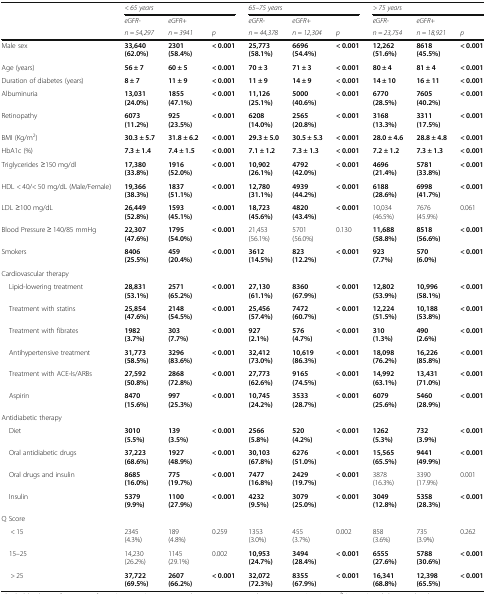
<table><thead><tr><td rowspan="3"></td><td colspan="3"><b><i>&lt; 65 years</i></b></td><td colspan="3"><b><i>65–75 years</i></b></td><td colspan="3"><b><i>&gt; 75 years</i></b></td></tr><tr><td><b><i>eGFR-</i></b></td><td><b><i>eGFR+</i></b></td><td></td><td><b><i>eGFR-</i></b></td><td><b><i>eGFR+</i></b></td><td></td><td><b><i>eGFR-</i></b></td><td><b><i>eGFR+</i></b></td><td></td></tr><tr><td><b><i>n = 54,297</i></b></td><td><b><i>n = 3941</i></b></td><td><b><i>p</i></b></td><td><b><i>n = 44,378</i></b></td><td><b><i>n = 12,304</i></b></td><td><b><i>p</i></b></td><td><b><i>n = 23,754</i></b></td><td><b><i>n = 18,921</i></b></td><td><b><i>p</i></b></td></tr></thead><tbody><tr><td>Male sex</td><td><b>33,640 (62.0%)</b></td><td><b>2301 (58.4%)</b></td><td><b>&lt; 0.001</b></td><td><b>25,773 (58.1%)</b></td><td><b>6696 (54.4%)</b></td><td><b>&lt; 0.001</b></td><td><b>12,262 (51.6%)</b></td><td><b>8618 (45.5%)</b></td><td><b>&lt; 0.001</b></td></tr><tr><td>Age (years)</td><td><b>56 ± 7</b></td><td><b>60 ± 5</b></td><td><b>&lt; 0.001</b></td><td><b>70 ± 3</b></td><td><b>71 ± 3</b></td><td><b>&lt; 0.001</b></td><td><b>80 ± 4</b></td><td><b>81 ± 4</b></td><td><b>&lt; 0.001</b></td></tr><tr><td>Duration of diabetes (years)</td><td><b>8 ± 7</b></td><td><b>11 ± 9</b></td><td><b>&lt; 0.001</b></td><td><b>11 ± 9</b></td><td><b>14 ± 9</b></td><td><b>&lt; 0.001</b></td><td><b>14 ± 10</b></td><td><b>16 ± 11</b></td><td><b>&lt; 0.001</b></td></tr><tr><td>Albuminuria</td><td><b>13,031 (24.0%)</b></td><td><b>1855 (47.1%)</b></td><td><b>&lt; 0.001</b></td><td><b>11,126 (25.1%)</b></td><td><b>5000 (40.6%)</b></td><td><b>&lt; 0.001</b></td><td><b>6770 (28.5%)</b></td><td><b>7605 (40.2%)</b></td><td><b>&lt; 0.001</b></td></tr><tr><td>Retinopathy</td><td><b>6073 (11.2%)</b></td><td><b>925 (23.5%)</b></td><td><b>&lt; 0.001</b></td><td><b>6208 (14.0%)</b></td><td><b>2565 (20.8%)</b></td><td><b>&lt; 0.001</b></td><td><b>3168 (13.3%)</b></td><td><b>3311 (17.5%)</b></td><td><b>&lt; 0.001</b></td></tr><tr><td>BMI (Kg/m<sup>2</sup>)</td><td><b>30.3 ± 5.7</b></td><td><b>31.8 ± 6.2</b></td><td><b>&lt; 0.001</b></td><td><b>29.3 ± 5.0</b></td><td><b>30.5 ± 5.3</b></td><td><b>&lt; 0.001</b></td><td><b>28.0 ± 4.6</b></td><td><b>28.8 ± 4.8</b></td><td><b>&lt; 0.001</b></td></tr><tr><td>HbA1c (%)</td><td><b>7.3 ± 1.4</b></td><td><b>7.4 ± 1.5</b></td><td><b>&lt; 0.001</b></td><td><b>7.1 ± 1.2</b></td><td><b>7.3 ± 1.3</b></td><td><b>&lt; 0.001</b></td><td><b>7.2 ± 1.2</b></td><td><b>7.3 ± 1.3</b></td><td><b>&lt; 0.001</b></td></tr><tr><td>Triglycerides ≥150 mg/dl</td><td><b>17,380 (33.8%)</b></td><td><b>1916 (52.0%)</b></td><td><b>&lt; 0.001</b></td><td><b>10,902 (26.1%)</b></td><td><b>4792 (42.0%)</b></td><td><b>&lt; 0.001</b></td><td><b>4696 (21.4%)</b></td><td><b>5781 (33.8%)</b></td><td><b>&lt; 0.001</b></td></tr><tr><td>HDL &lt; 40/&lt; 50 mg/dL (Male/Female)</td><td><b>19,366 (38.3%)</b></td><td><b>1837 (51.1%)</b></td><td><b>&lt; 0.001</b></td><td><b>12,780 (31.1%)</b></td><td><b>4939 (44.2%)</b></td><td><b>&lt; 0.001</b></td><td><b>6188 (28.6%)</b></td><td><b>6998 (41.7%)</b></td><td><b>&lt; 0.001</b></td></tr><tr><td>LDL ≥100 mg/dL</td><td><b>26,449 (52.8%)</b></td><td><b>1593 (45.1%)</b></td><td><b>&lt; 0.001</b></td><td><b>18,723 (45.6%)</b></td><td><b>4820 (43.4%)</b></td><td><b>&lt; 0.001</b></td><td>10,034 (46.5%)</td><td>7676 (45.9%)</td><td>0.061</td></tr><tr><td>Blood Pressure ≥ 140/85 mmHg</td><td><b>22,307 (47.6%)</b></td><td><b>1795 (54.0%)</b></td><td><b>&lt; 0.001</b></td><td>21,453 (56.1%)</td><td>5701 (56.0%)</td><td>0.130</td><td><b>11,688 (58.8%)</b></td><td><b>8518 (56.6%)</b></td><td><b>&lt; 0.001</b></td></tr><tr><td>Smokers</td><td><b>8406 (25.5%)</b></td><td><b>459 (20.4%)</b></td><td><b>&lt; 0.001</b></td><td><b>3612 (14.5%)</b></td><td><b>823 (12.2%)</b></td><td><b>&lt; 0.001</b></td><td><b>923 (7.7%)</b></td><td><b>570 (6.0%)</b></td><td><b>&lt; 0.001</b></td></tr><tr><td colspan="10">Cardiovascular therapy</td></tr><tr><td> Lipid-lowering treatment</td><td><b>28,831 (53.1%)</b></td><td><b>2571 (65.2%)</b></td><td><b>&lt; 0.001</b></td><td><b>27,130 (61.1%)</b></td><td><b>8360 (67.9%)</b></td><td><b>&lt; 0.001</b></td><td><b>12,802 (53.9%)</b></td><td><b>10,996 (58.1%)</b></td><td><b>&lt; 0.001</b></td></tr><tr><td> Treatment with statins</td><td><b>25,854 (47.6%)</b></td><td><b>2148 (54.5%)</b></td><td><b>&lt; 0.001</b></td><td><b>25,456 (57.4%)</b></td><td><b>7472 (60.7%)</b></td><td><b>&lt; 0.001</b></td><td><b>12,224 (51.5%)</b></td><td><b>10,188 (53.8%)</b></td><td><b>&lt; 0.001</b></td></tr><tr><td> Treatment with fibrates</td><td><b>1982 (3.7%)</b></td><td><b>303 (7.7%)</b></td><td><b>&lt; 0.001</b></td><td><b>927 (2.1%)</b></td><td><b>576 (4.7%)</b></td><td><b>&lt; 0.001</b></td><td><b>310 (1.3%)</b></td><td><b>490 (2.6%)</b></td><td><b>&lt; 0.001</b></td></tr><tr><td> Antihypertensive treatment</td><td><b>31,773 (58.5%)</b></td><td><b>3296 (83.6%)</b></td><td><b>&lt; 0.001</b></td><td><b>32,412 (73.0%)</b></td><td><b>10,619 (86.3%)</b></td><td><b>&lt; 0.001</b></td><td><b>18,098 (76.2%)</b></td><td><b>16,226 (85.8%)</b></td><td><b>&lt; 0.001</b></td></tr><tr><td> Treatment with ACE-Is/ARBs</td><td><b>27,592 (50.8%)</b></td><td><b>2868 (72.8%)</b></td><td><b>&lt; 0.001</b></td><td><b>27,773 (62.6%)</b></td><td><b>9165 (74.5%)</b></td><td><b>&lt; 0.001</b></td><td><b>14,992 (63.1%)</b></td><td><b>13,431 (71.0%)</b></td><td><b>&lt; 0.001</b></td></tr><tr><td> Aspirin</td><td><b>8470 (15.6%)</b></td><td><b>997 (25.3%)</b></td><td><b>&lt; 0.001</b></td><td><b>10,745 (24.2%)</b></td><td><b>3533 (28.7%)</b></td><td><b>&lt; 0.001</b></td><td><b>6079 (25.6%)</b></td><td><b>5460 (28.9%)</b></td><td><b>&lt; 0.001</b></td></tr><tr><td colspan="10">Antidiabetic therapy</td></tr><tr><td> Diet</td><td><b>3010 (5.5%)</b></td><td><b>139 (3.5%)</b></td><td><b>&lt; 0.001</b></td><td><b>2566 (5.8%)</b></td><td><b>520 (4.2%)</b></td><td><b>&lt; 0.001</b></td><td><b>1262 (5.3%)</b></td><td><b>732 (3.9%)</b></td><td><b>&lt; 0.001</b></td></tr><tr><td> Oral antidiabetic drugs</td><td><b>37,223 (68.6%)</b></td><td><b>1927 (48.9%)</b></td><td><b>&lt; 0.001</b></td><td><b>30,103 (67.8%)</b></td><td><b>6276 (51.0%)</b></td><td><b>&lt; 0.001</b></td><td><b>15,565 (65.5%)</b></td><td><b>9441 (49.9%)</b></td><td><b>&lt; 0.001</b></td></tr><tr><td> Oral drugs and insulin</td><td><b>8685 (16.0%)</b></td><td><b>775 (19.7%)</b></td><td><b>&lt; 0.001</b></td><td><b>7477 (16.8%)</b></td><td><b>2429 (19.7%)</b></td><td><b>&lt; 0.001</b></td><td>3878 (16.3%)</td><td>3390 (17.9%)</td><td>0.001</td></tr><tr><td> Insulin</td><td><b>5379 (9.9%)</b></td><td><b>1100 (27.9%)</b></td><td><b>&lt; 0.001</b></td><td><b>4232 (9.5%)</b></td><td><b>3079 (25.0%)</b></td><td><b>&lt; 0.001</b></td><td><b>3049 (12.8%)</b></td><td><b>5358 (28.3%)</b></td><td><b>&lt; 0.001</b></td></tr><tr><td colspan="10">Q Score</td></tr><tr><td>&lt; 15</td><td>2345 (4.3%)</td><td>189 (4.8%)</td><td>0.259</td><td>1353 (3.0%)</td><td>455 (3.7%)</td><td>0.002</td><td>858 (3.6%)</td><td>735 (3.9%)</td><td>0.262</td></tr><tr><td> 15–25</td><td>14,230 (26.2%)</td><td>1145 (29.1%)</td><td>0.002</td><td><b>10,953 (24.7%)</b></td><td><b>3494 (28.4%)</b></td><td><b>&lt; 0.001</b></td><td><b>6555 (27.6%)</b></td><td><b>5788 (30.6%)</b></td><td><b>&lt; 0.001</b></td></tr><tr><td>&gt; 25</td><td><b>37,722 (69.5%)</b></td><td><b>2607 (66.2%)</b></td><td><b>&lt; 0.001</b></td><td><b>32,072 (72.3%)</b></td><td><b>8355 (67.9%)</b></td><td><b>&lt; 0.001</b></td><td><b>16,341 (68.8%)</b></td><td><b>12,398 (65.5%)</b></td><td><b>&lt; 0.001</b></td></tr></tbody></table>